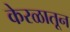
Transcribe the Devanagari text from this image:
केरळातून